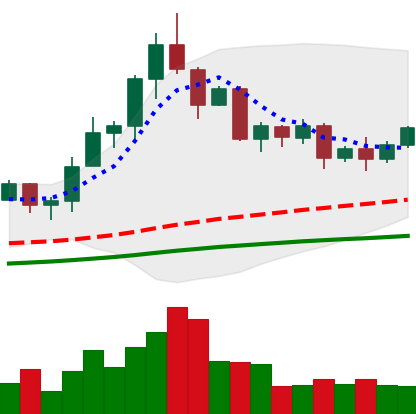
Ticker: TRX-USD
Chart end date: 2020-08-29
Forward return: 64.518%
Label: up_7plus